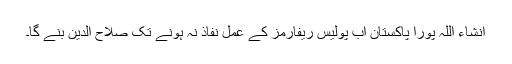
انشاء اللہ پورا پاکستان اب پولیس ریفارمز کے عمل نفاذ نہ ہونے تک صلاح الدین بنے گا۔